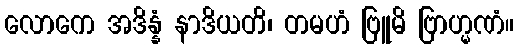
လောကေ အဒိန္နံ နာဒိယတိ၊ တမဟံ ဗြူမိ ဗြာဟ္မဏံ။